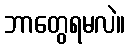
ဘာတွေရမလဲ။